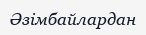
Әзімбайлардан